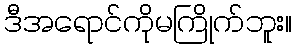
ဒီအရောင်ကိုမကြိုက်ဘူး။